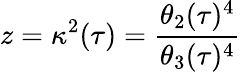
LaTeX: z=\kappa^{2}(\tau)={\frac{\theta_{2}(\tau)^{4}}{\theta_{3}(\tau)^{4}}}